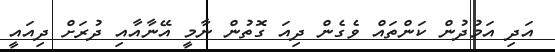
އަދި އަމުދުން ކަންތައް ވެގެން ދިއަ ގޮތުން ނާމީ އޭނާއާއި ދުރަށް ދިއައީ